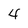
Character: 4